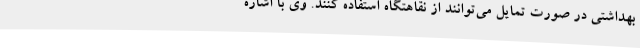
بهداشتی در صورت تمایل می‌توانند از نقاهتگاه استفاده کنند. وی با اشاره